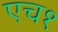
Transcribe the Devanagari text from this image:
एच१